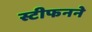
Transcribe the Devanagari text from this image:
स्टीफनने